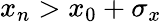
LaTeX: x_{n}>x_{0}+\sigma_{x}